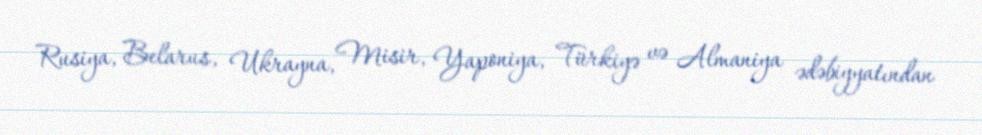
Rusiya, Belarus, Ukrayna, Misir, Yaponiya, Türkiyə və Almaniya ədəbiyyatından